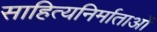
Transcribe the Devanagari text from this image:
साहित्यनिर्माताओं